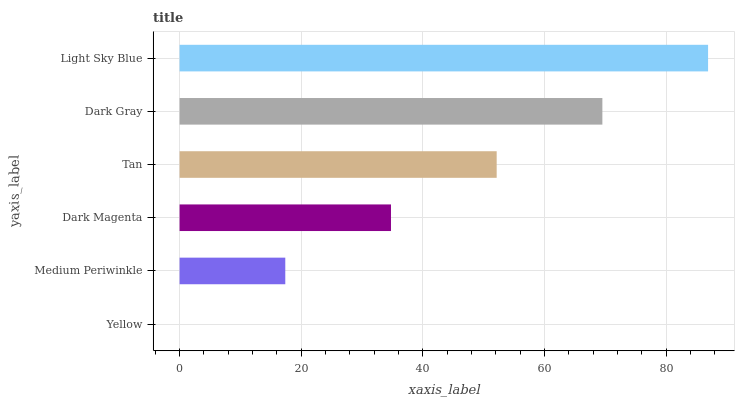
| yaxis_label | bars |
 | --- | --- |
 | Yellow | 0 |
 | Medium Periwinkle | 17.4 |
 | Dark Magenta | 34.8 |
 | Tan | 52.1 |
 | Dark Gray | 69.5 |
 | Light Sky Blue | 86.9 |